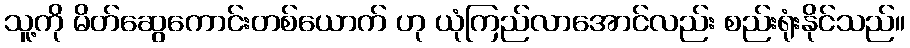
သူ့ကို မိတ်ဆွေကောင်းတစ်ယောက် ဟု ယုံကြည်လာအောင်လည်း စည်းရုံးနိုင်သည်။